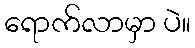
ရောက်လာမှာ ပဲ။